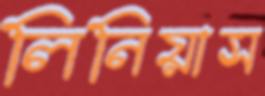
লিনিয়াস